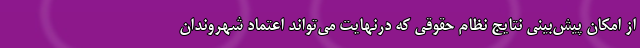
از امکان پیش‌بینی نتایج نظام حقوقی که درنهایت می‌تواند اعتماد شهروندان